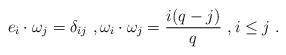
LaTeX: \begin{align*} e_i\cdot \omega_j =\delta_{ij}\ , \omega_i\cdot \omega_j=\frac{i(q-j)}{q}\ ,i \leq j\ . \end{align*}